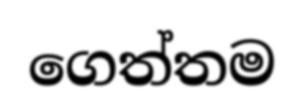
ගෙත්තම